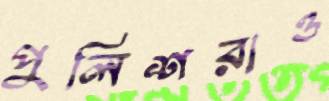
পুলিশরাও